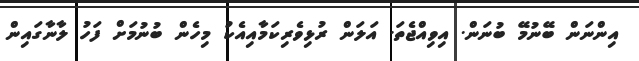
އިންނަން ބޭނުމޭ ބުނަން. އިވިއްޖެތަ. އަލަން ރުޅިވެރިކަމާއިއެކު މިހެން ބުނުމަށް ފަހު ލާނާގައިން